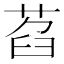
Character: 萏